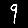
Digit: 9